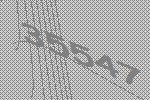
35547